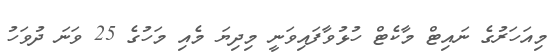
މިއަހަރުގެ ނައިޓް މާކެޓް ހުޅުވާފައިވަނީ މިދިޔަ މެއި މަހުގެ 25 ވަނަ ދުވަހު